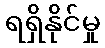
ရရှိနိုင်မှု